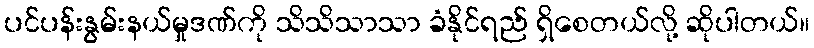
ပင်ပန်းနွမ်းနယ်မှုဒဏ်ကို သိသိသာသာ ခံနိုင်ရည် ရှိစေတယ်လို့ ဆိုပါတယ်။